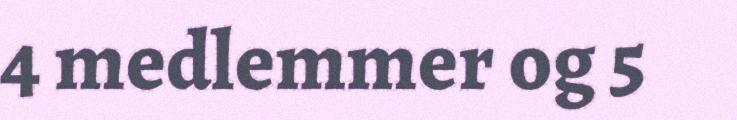
4 medlemmer og 5